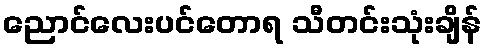
ညောင်လေးပင်တောရ သီတင်းသုံးချိန်